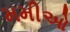
મમીઓ